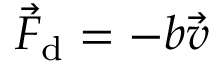
{ \vec { F } } _ { \mathrm { d } } = - b { \vec { v } }